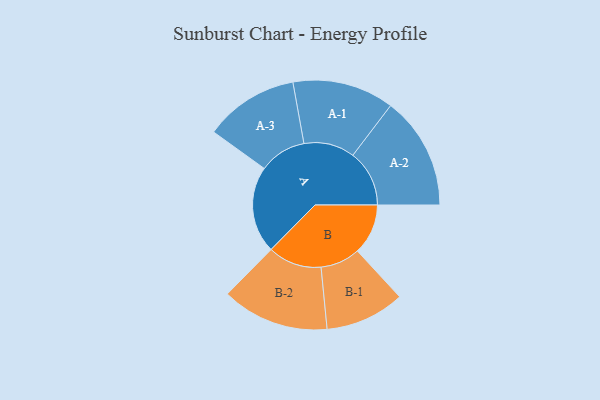
{"axis": {"x": "Segment", "y": "Value"}, "legend": ["", "A", "B"], "data": [{"x": "A", "y": 446, "type": ""}, {"x": "B", "y": 260, "type": ""}, {"x": "A-1", "y": 261, "type": "A"}, {"x": "A-2", "y": 290, "type": "A"}, {"x": "A-3", "y": 242, "type": "A"}, {"x": "B-1", "y": 204, "type": "B"}, {"x": "B-2", "y": 276, "type": "B"}]}